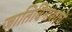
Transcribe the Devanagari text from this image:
जातिविनाशाचे